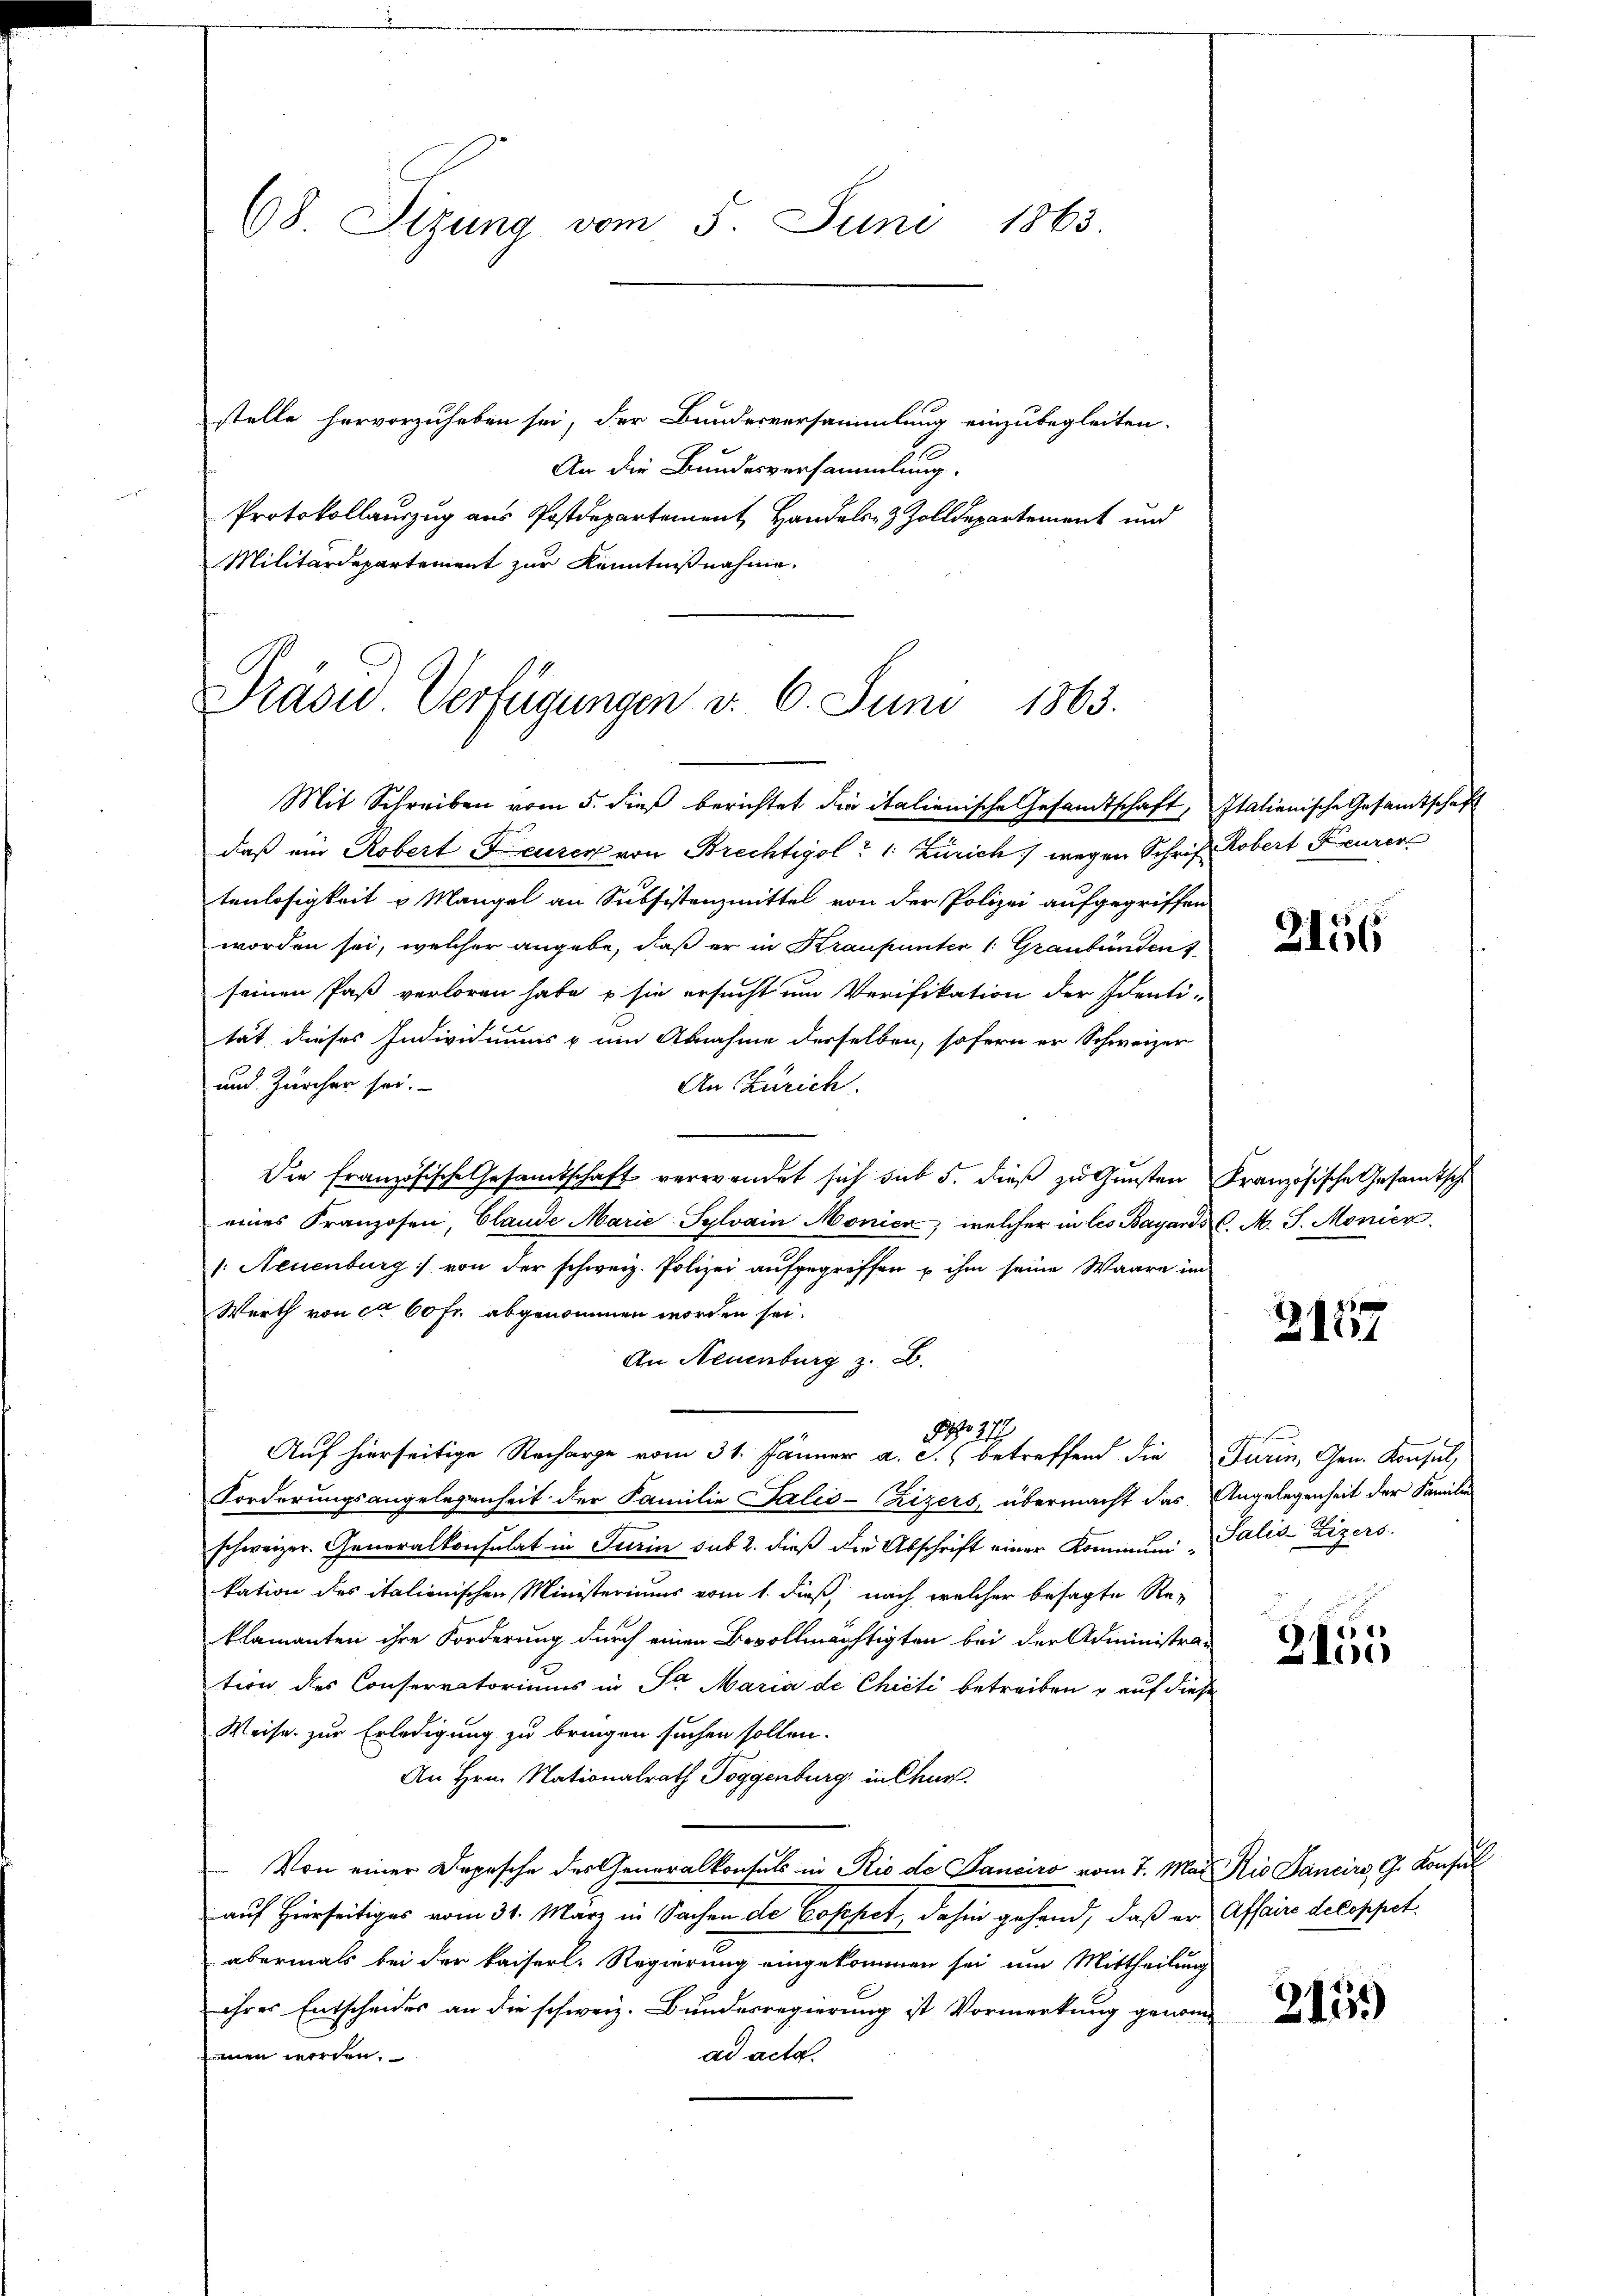
68 Stzung vom 5. Juni 1863.

stelle hervorzuheben sei, der Bundesversammlung einzubegleiten.
An die Bundesversammlung.
Protokollauszug aus Postdepartement Handels- & Zolldepartement und
Militärdepartement zur Kenntnißnahme.

Präsid. Verfügungen d. 6. Juni 1863.
Mit Schreiben vom 5. dieß berichtet die italienische Gesandtschaft, Italienische Gesandtschaft

daß ein Robert Feurer von Brechtigol: 1. Zürich) wegen Schrift Robert Feurer
tenlosigkeit u. Mangel an Subsistenzmittel von der Polizei aufgegriffen
worden sei, welcher angebe, daß er in Krausunter (: Graubünden
seinen Paß verloren habe, – sie ersucht um Verifikation der Identi-
tät dieses Individuums & um Abnahme derselben, sofern er Schweizer
und Zürcher sei.
An Zürich.
Die französische Gesamtschaft verwendet sich sub 5. dieß zu Gunsten Französische Gesamtsch
eines Franzosen, Claude Marie-Sylvain Monien, welcher in les Bayards C. M. J. Monier
: Neuenburg von der schweiz. Polizei aufgegriffen u ihm seine Waare im
Werth von ca 60 Fr. abgenommen worden sei.
An Neuenburg z. B.
Auf hierseitige Recharge vom 31. Jänner a. c. betreffend die Turin, Gen. Konsul,
Forderungsangelegenheit der Familie Salis-Czizers, übermacht das Angelegenheit der Famili
schweizer. Generalkonsulat in Turin sub 2. dieß die Abschrift einer Kommuni-Salis-Lizers.
kation des italienischen Ministeriums vom 1. dieß, nach, welcher besagte Re-
klamanten ihre Forderung durch einen Bevollmächtigten bei der Administration des Conservatoriums in Sr. Maria de Chicti betreiben & auf diese
Weise zur Erledigung zu bringen suchen sollen.
An Hrn. Nationalrath Toggenburg in Chur.
Von einer Depesche des Generalkonsuls in Rio de Panciro vom 7. Mai Kio Sancirs, G. Konsul
auf Hierseitiges vom 31. März in Sachen de Coppet, dahin gehand, daß er Affaire decoppet.
abermals bei der kaiserl. Regierung eingekommen sei um Mittheilung
ihrer Entscheides an die schweiz. Bundesregierung ist Vormerkung genomad acta.
men worden.

Nro 27

2156

2157

2155

2159)